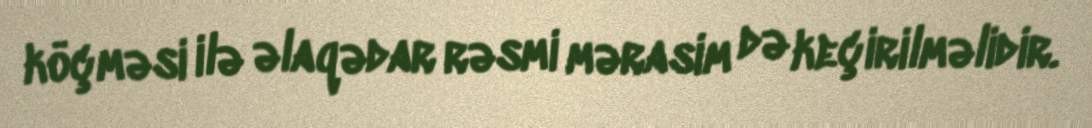
köçməsi ilə əlaqədar rəsmi mərasim də keçirilməlidir.